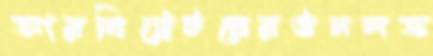
আরবিট্রেটরেরঊনসত্ত